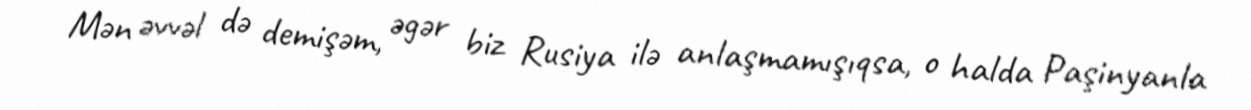
Mən əvvəl də demişəm, əgər biz Rusiya ilə anlaşmamışıqsa, o halda Paşinyanla